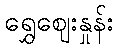
ရွှေဈေးနှုန်း